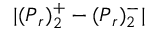
| ( \boldsymbol { P } _ { r } ) _ { 2 } ^ { + } - ( \boldsymbol { P } _ { r } ) _ { 2 } ^ { - } |